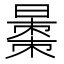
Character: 𱢦